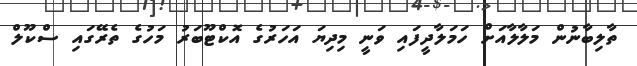
ތާލިބާނުން މަލާލާއަށް ހަމަލާދީފައި ވަނީ މިދިޔަ އަހަރުގެ އޮކްޓޫބަރު މަހުގެ ތެރޭގައި ސްކޫލް